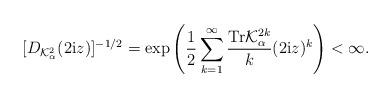
LaTeX: \begin{align*}[D_{\mathcal{K}_{\alpha }^{2}}(2\mathrm{i}z )]^{-1/2}=\exp\left(\frac{1}{2}\sum_{k=1}^{\infty }\frac{\mbox{Tr}\mathcal{K}_{\alpha}^{2k}}{k}(2\mathrm{i}z)^{k}\right)<\infty . \end{align*}